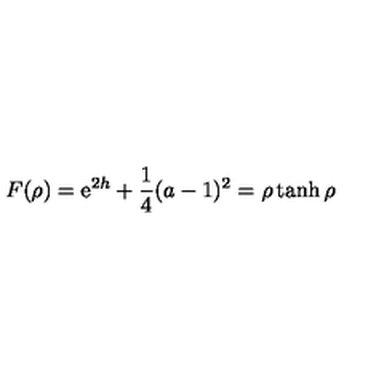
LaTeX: F ( \rho ) = \mathrm { e } ^ { 2 h } + \frac { 1 } { 4 } ( a - 1 ) ^ { 2 } = \rho \tanh \rho